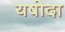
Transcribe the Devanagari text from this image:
यषोदा